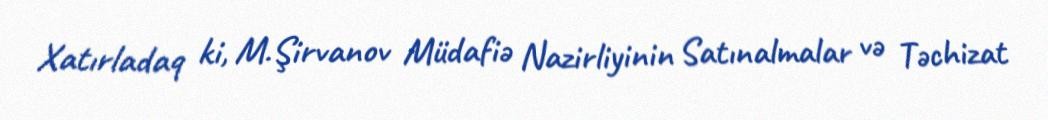
Xatırladaq ki, M.Şirvanov Müdafiə Nazirliyinin Satınalmalar və Təchizat